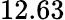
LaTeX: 12.63